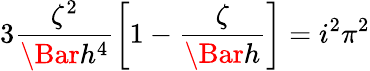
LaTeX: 3\frac{\zeta^{2}}{\Bar{h^{4}}}\left[1-\frac{\zeta}{\Bar{h}}\right]=i^{2}\pi^{2}